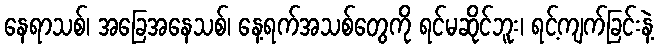
နေရာသစ်၊ အခြေအနေသစ်၊ နေ့ရက်အသစ်တွေကို ရင်မဆိုင်ဘူး၊ ရင့်ကျက်ခြင်းနဲ့